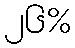
၂၆%